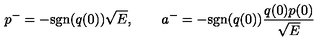
p ^ { - } = - \mathrm { s g n } ( q ( 0 ) ) \sqrt { E } , \qquad a ^ { - } = - \mathrm { s g n } ( q ( 0 ) ) \frac { q ( 0 ) p ( 0 ) } { \sqrt { E } }